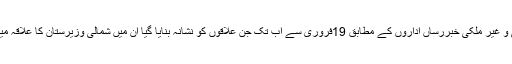
مقامی میڈیا اور ملکی و غیر ملکی خبررساں اداروں کے مطابق 19فروری سے اب تک جن علاقوں کو نشانہ بنایا گیا ان میں شمالی وزیرستان کا علاقہ میر علی بھی شامل ہے۔